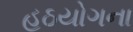
હઠયોગના